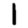
Digit: 1